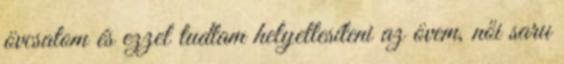
övcsatom és ezzel tudtam helyettesíteni az övem, női saru